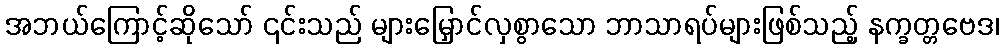
အဘယ်ကြောင့်ဆိုသော် ၎င်းသည် များမြှောင်လှစွာသော ဘာသာရပ်များဖြစ်သည့် နက္ခတ္တဗေဒ၊